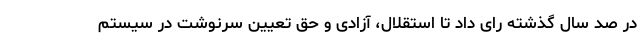
در صد سال گذشته رای داد تا استقلال، آزادی و حق تعیین سرنوشت در سیستم